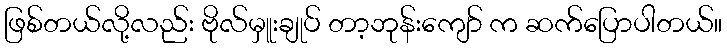
ဖြစ်တယ်လို့လည်း ဗိုလ်မှူးချုပ် တာ့ဘုန်းကျော် က ဆက်ပြောပါတယ်။